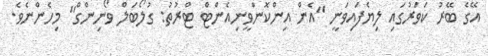
އޭގެ ބޭރު ކަވަރުގައި ލިޔެފައިވަނީ ''އެން އިންކޮންވީނިއެންޓް ޓްރުތު: ގުލޯބަލް ވޯނިންގް'' މިހެންނެވެ.